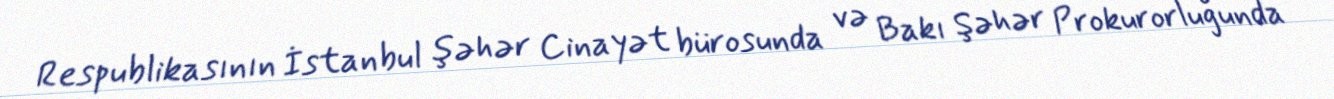
Respublikasının İstanbul şəhər Cinayət bürosunda və Bakı Şəhər Prokurorluğunda